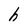
Character: h